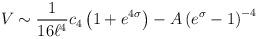
LaTeX: \begin{align*}V\sim{1\over 16 \ell^4}c_4\left(1+e^{4\sigma}\right)-A\left(e^\sigma-1\right)^{-4}\end{align*}